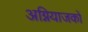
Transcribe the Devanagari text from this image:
अग्नियाजकों